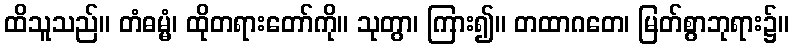
ထိသူသည်။ တံဓမ္မံ၊ ထိုတရားတော်ကို။ သုတွာ၊ ကြား၍။ တထာဂတေ၊ မြတ်စွာဘုရား၌။